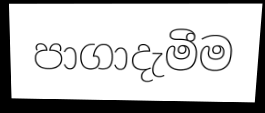
පාගාදැමීම